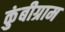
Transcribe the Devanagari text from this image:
कुंबीग्राम